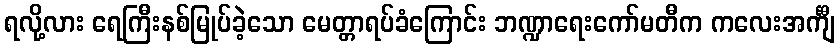
ရလို့လား ရေကြီးနစ်မြုပ်ခဲ့သော မေတ္တာရပ်ခံကြောင်း ဘဏ္ဍာရေးကော်မတီက ကလေးအင်္ကျီ